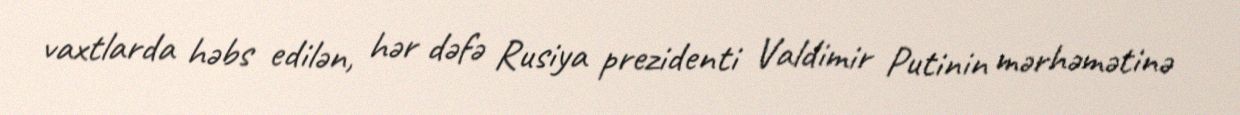
vaxtlarda həbs edilən, hər dəfə Rusiya prezidenti Valdimir Putinin mərhəmətinə